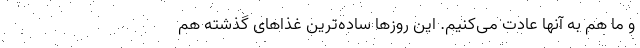
و ما هم به آنها عادت می‌کنیم. این روزها ساده‌ترین غذاهای گذشته هم